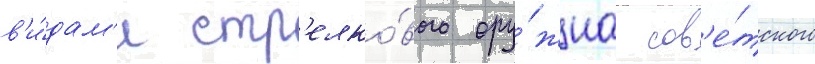
в'и́дам'и стр'елко́вого ору́жиа сов'е́тского